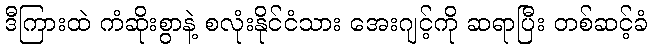
ဒီကြားထဲ ကံဆိုးစွာနဲ့ စလုံးနိုင်ငံသား အေးဂျင့်ကို ဆရာပြီး တစ်ဆင့်ခံ